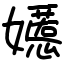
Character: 嬺